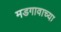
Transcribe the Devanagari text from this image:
मडगावाच्या